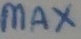
Text: max